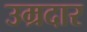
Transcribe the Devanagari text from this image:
उम्रदार